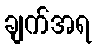
ချက်အရ